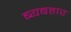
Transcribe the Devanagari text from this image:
ब्यबहार